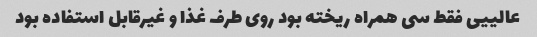
عالییی فقط سی همراه ریخته بود روی طرف غذا و غیر‌قابل استفاده بود